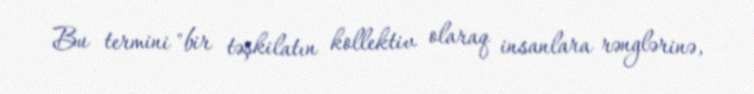
Bu termini "bir təşkilatın kollektiv olaraq insanlara rənglərinə,